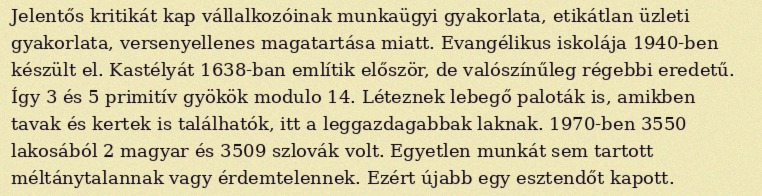
Jelentős kritikát kap vállalkozóinak munkaügyi gyakorlata, etikátlan üzleti gyakorlata, versenyellenes magatartása miatt. Evangélikus iskolája 1940-ben készült el. Kastélyát 1638-ban említik először, de valószínűleg régebbi eredetű. Így 3 és 5 primitív gyökök modulo 14. Léteznek lebegő paloták is, amikben tavak és kertek is találhatók, itt a leggazdagabbak laknak. 1970-ben 3550 lakosából 2 magyar és 3509 szlovák volt. Egyetlen munkát sem tartott méltánytalannak vagy érdemtelennek. Ezért újabb egy esztendőt kapott.